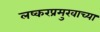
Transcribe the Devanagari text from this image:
लष्करप्रमुखाच्या